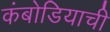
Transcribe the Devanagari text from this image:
कंबोडियाची